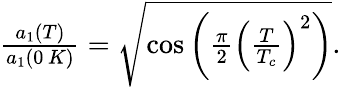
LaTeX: \begin{array}{r}{\frac{a_{1}(T)}{a_{1}(0\, K)}=\sqrt{\cos\left(\frac{\pi}{2}\left(\frac{T}{T_{c}}\right)^{2}\right)}.}\end{array}